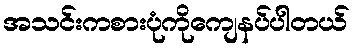
အသင်းကစားပုံကိုကျေနပ်ပါတယ်